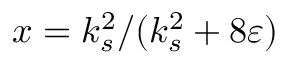
x = k _ { s } ^ { 2 } / ( k _ { s } ^ { 2 } + 8 \varepsilon )